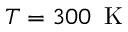
T = 3 0 0 \, \mathrm { ~ K ~ }